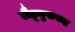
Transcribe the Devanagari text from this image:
लैटूमुखराह